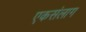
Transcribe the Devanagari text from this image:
एकसंलाग